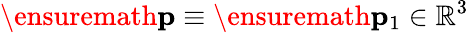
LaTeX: \ensuremath{\mathbf{p}}\equiv\ensuremath{\mathbf{p}}_{1}\in\mathbb{R}^{3}